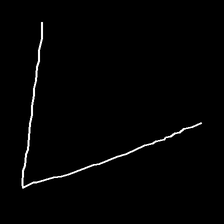
Glyph: region